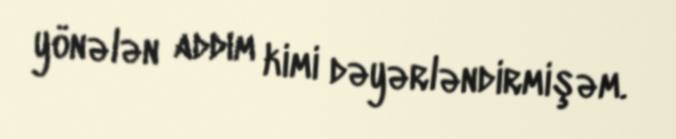
yönələn addım kimi dəyərləndirmişəm.